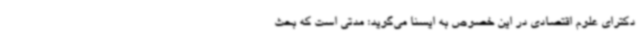
دکترای علوم اقتصادی در این خصوص به ایسنا می‌گوید: مدتی است که بحث